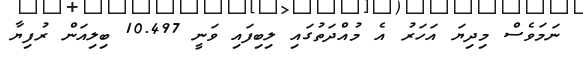
ނަމަވެސް މިދިޔަ އަހަރު އެ މުއްދަތުގައި ލިބިފައި ވަނީ 10.497 ބިލިއަން ރުފިޔާ